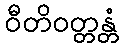
ဝီတိဝတ္တန္တံ